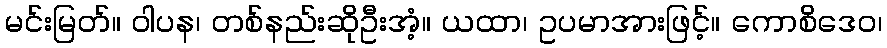
မင်းမြတ်။ ဝါပန၊ တစ်နည်းဆိုဦးအံ့။ ယထာ၊ ဥပမာအားဖြင့်။ ကောစိဒေဝ၊